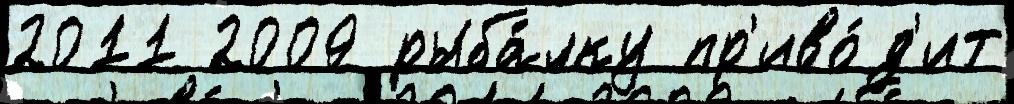
2011 2009 рыба́лку пр'иво́д'ит